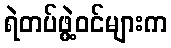
ရဲတပ်ဖွဲ့ဝင်များက